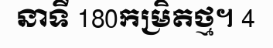
នាទី 180កម្រិតថ្ម។ 4